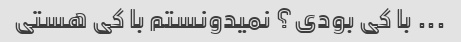
... با کی بودی؟ نمیدونستم با کی هستی